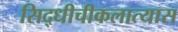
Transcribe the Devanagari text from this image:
सिद्धीचीकलात्यास